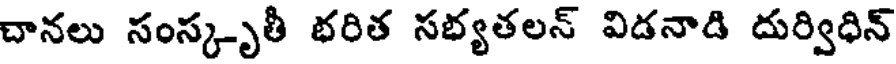
చానలు సంస్కృతీ భరిత సభ్యతలన్ విడనాడి దుర్విధిన్